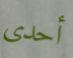
أحدى